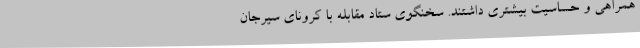
همراهی و حساسیت بیشتری داشتند. سخنگوی ستاد مقابله با کرونای سیرجان